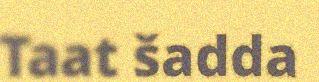
Taat šadda